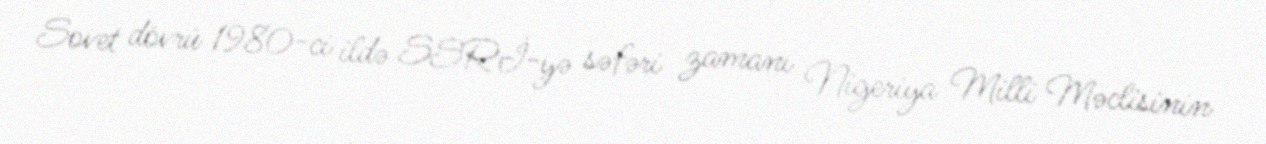
Sovet dövrü 1980-ci ildə SSRİ-yə səfəri zamanı Nigeriya Milli Məclisinin